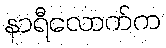
နာရီလောက်က